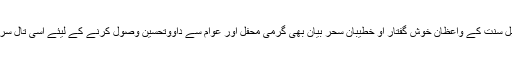
شیعی ذاکرین تو اس ضمن میں جو کچھ کرتے ہیں وہ عالم آشکارا ہے، لیکن بدقسمتی سے بہت سے اہل سنت کے واعظان خوش گفتار او خطیبان سحر بیان بھی گرمیٔ محفل اور عوام سے داووتحسین وصول کرنے کے لیئے اسی تال سر میں ان واقعات کا تذکرہ کرتے ہیں جو شیعیت کی مخصوص ایجاد اور ا ن کی انفرادیت کا غماز ہے۔